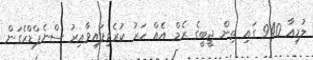
ލުމިއާ 940 ގައި ތިން ޖީބީގެ ރެމް އެއް ހަރު ކުރެވިފައިވާއިރު ސްނެޕްޑްރެގަން